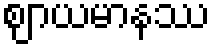
ဈာယမာနဿ